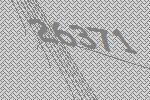
26371